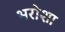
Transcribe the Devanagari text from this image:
भरोशा